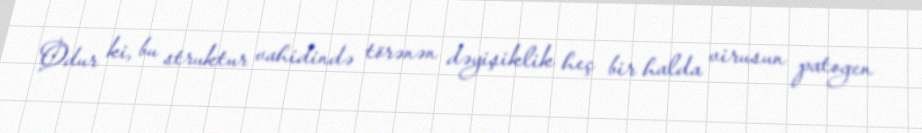
Odur ki, bu struktur vahidində törənən dəyişiklik heç bir halda virusun patogen